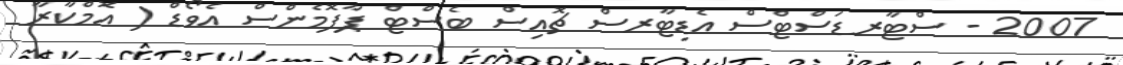
2007 - ސްޓާރޑަސްޓްސް އެޑިޓާރސް ޗޮއިސް ބެސްޓް ޕާފޮމެންސް އެވޯޑް ( އޮމްކާރާ